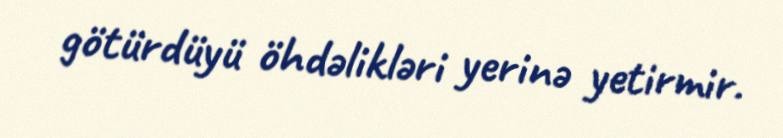
götürdüyü öhdəlikləri yerinə yetirmir.